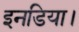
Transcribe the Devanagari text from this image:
इनडिया।